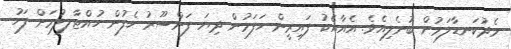
މެދުކަނޑާލަމުން ބުނެލިއެވެ. އެއާއެކު ފައިރީން ހަފަމުން ދިޔަ ފަންސޫރު ހެފުން ހުއްޓާލލުމަށް ފަހު